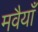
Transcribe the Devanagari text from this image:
मवैयाँ